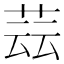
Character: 𦱚